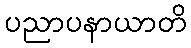
ပညာပနာယာတိ